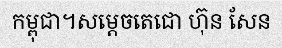
កម្ពុជា។សម្តេចតេជោ ហ៊ុន សែន